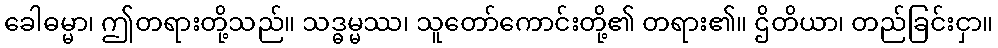
ခေါဓမ္မာ၊ ဤတရားတို့သည်။ သဒ္ဓမ္မဿ၊ သူတော်ကောင်းတို့၏ တရား၏။ ဌိတိယာ၊ တည်ခြင်းငှာ။